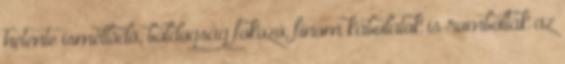
hetente ismétlõdõ, boldogság fokozó, finom kábulatok is rombolták az